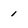
Character: 1